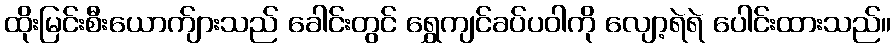
ထိုးမြင်းစီးယောက်ျားသည် ခေါင်းတွင် ရွှေကျင်ခပ်ပဝါကို လျော့ရဲရဲ ပေါင်းထားသည်။